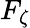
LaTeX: F_{\zeta}